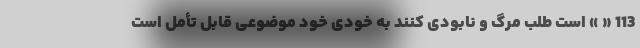
113 « » است طلب مرگ و نابودی کنند به خودی خود موضوعی قابل تأمل است